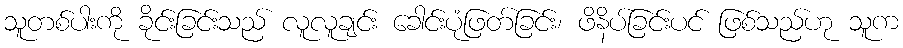
သူတစ်ပါးကို ခိုင်းခြင်းသည် လူလူချင်း ခေါင်းပုံဖြတ်ခြင်း၊ ဖိနိပ်ခြင်းပင် ဖြစ်သည်ဟု သူက